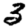
Digit: 3